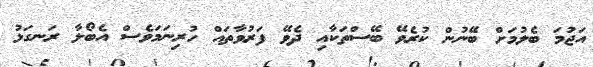
އަޖުމަ ބެލުމަށް ބޭނުން ކުރެވޭ ބޭސްތަކާއި ދެވޭ ފަރުވާތައް ހުރިނަމަވެސް އެބޯލާ ރަނގަޅު